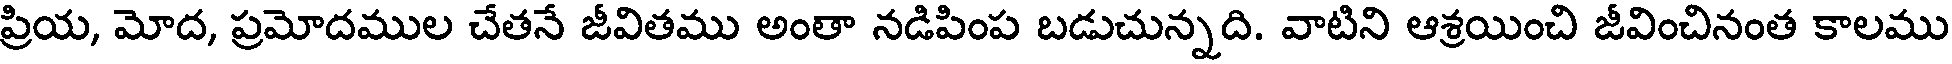
ప్రియ, మోద, ప్రమోదముల చేతనే జీవితము అంతా నడిపింప బడుచున్నది. వాటిని ఆశ్రయించి జీవించినంత కాలము